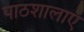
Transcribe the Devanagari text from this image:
पाठशालाऍं